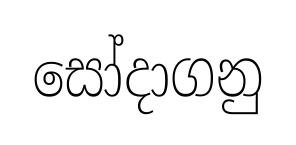
සෝදාගනු